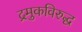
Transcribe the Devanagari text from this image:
द्रमुकविरुद्ध